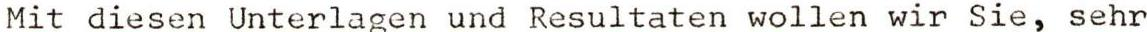
Mit diesen Unterlagen und Resultaten wollen wir Sie, sehr